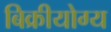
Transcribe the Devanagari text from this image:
बिक्रीयोग्य